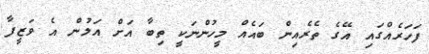
ފަހަރެއްގައި އޭގެ ތެރެއިން ބައެއް މީހުންނަކީ ތިބާ އަށް އަލުން އެ ވަޒީފާ